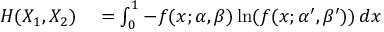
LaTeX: \begin{array} { r l } { H ( X _ { 1 } , X _ { 2 } ) } & { { } = \int _ { 0 } ^ { 1 } - f ( x ; \alpha , \beta ) \ln ( f ( x ; \alpha ^ { \prime } , \beta ^ { \prime } ) ) \, d x } \end{array}